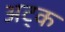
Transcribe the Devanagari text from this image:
अट्क